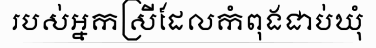
របស់អ្នកស្រីដែលកំពុងជាប់ឃុំ